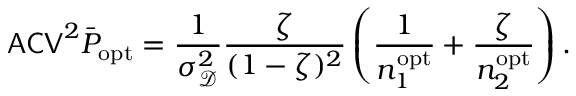
\mathsf { A C V } ^ { 2 } \bar { P } _ { \mathrm { o p t } } = \frac { 1 } { \sigma _ { \mathscr D } ^ { 2 } } \frac { \zeta } { ( 1 - \zeta ) ^ { 2 } } \left( \frac { 1 } { n _ { 1 } ^ { \mathrm { o p t } } } + \frac { \zeta } { n _ { 2 } ^ { \mathrm { o p t } } } \right) .